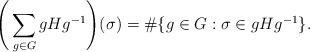
LaTeX: \begin{align*}\Bigg(\sum_{g \in G} gHg^{-1} \Bigg)(\sigma) = \# \{ g \in G : \sigma \in gHg^{-1}\}.\end{align*}